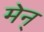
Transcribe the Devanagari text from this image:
मेन्